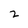
Character: 2